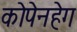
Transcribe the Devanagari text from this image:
कोपेनहेग